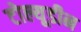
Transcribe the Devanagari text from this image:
टोल्यूडीन